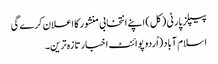
پیپلز پارٹی ( کل) اپنے انتخابی منشور کا اعلان کرے گی
اسلام آباد(اُردو پوائنٹ اخبارتازہ ترین۔